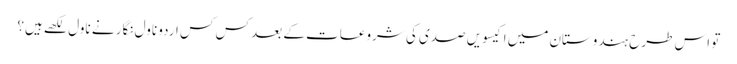
تو اس طرح ہندوستان میں اکیسویں صدی کی شروعات کے بعد کس کس اردو ناول نگار نے ناول لکھے ہیں؟